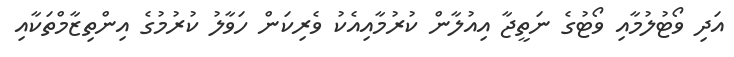
އަދި ވޯޓުލުމާއި ވޯޓުގެ ނަތީޖާ އިއުލާން ކުރުމާއިއެކު ވެރިކަން ހަވާލު ކުރުމުގެ އިންތިޒާމްތަކާއި